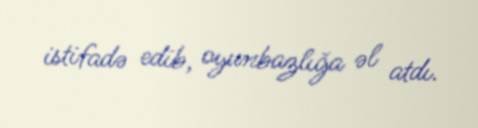
istifadə edib, oyunbazlığa əl atdı.